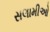
સલામીઓ